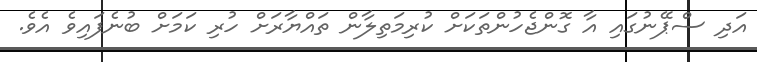
އަދި ސްޕޭނުގައި އާ ގޮންޖެހުންތަކަށް ކުރިމަތިލާން ތައްޔާރަށް ހުރި ކަމަށް ބުނެފައިވެ އެވެ.